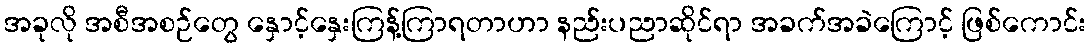
အခုလို အစီအစဉ်တွေ နှောင့်နှေးကြန့်ကြာရတာဟာ နည်းပညာဆိုင်ရာ အခက်အခဲကြောင့် ဖြစ်ကောင်း